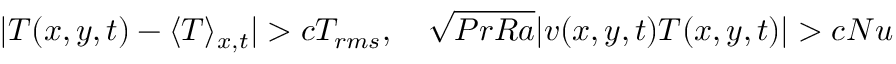
| T ( x , y , t ) - \langle T \rangle _ { x , t } | > c T _ { r m s } , \ \ \ \sqrt { P r R a } | v ( x , y , t ) T ( x , y , t ) | > c N u